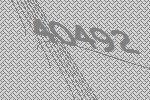
40492